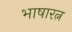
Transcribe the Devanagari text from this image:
भाषारत्न